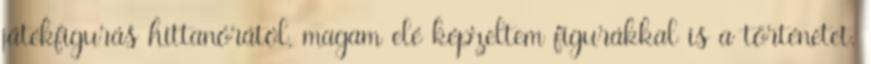
játékfigurás hittanórától, magam elé képzeltem figurákkal is a történetet.